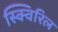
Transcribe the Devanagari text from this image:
स्क्विरिल